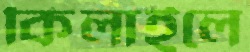
কিলাইলে